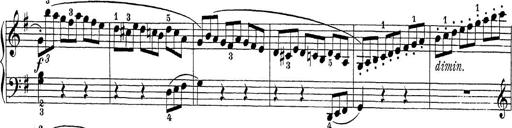
Title: Sonatina Album
Composer: Louis KÃ¶hler